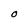
Character: O